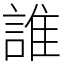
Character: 誰